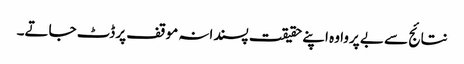
نتائج سے بے پروا وہ اپنے حقیقت پسندانہ موقف پر ڈٹ جاتے۔